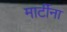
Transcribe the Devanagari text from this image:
मार्टीना